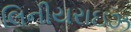
લિનીયરાઇઝ